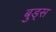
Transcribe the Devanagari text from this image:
बुड्स